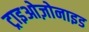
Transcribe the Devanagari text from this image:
ट्राइओज़ोनाइड